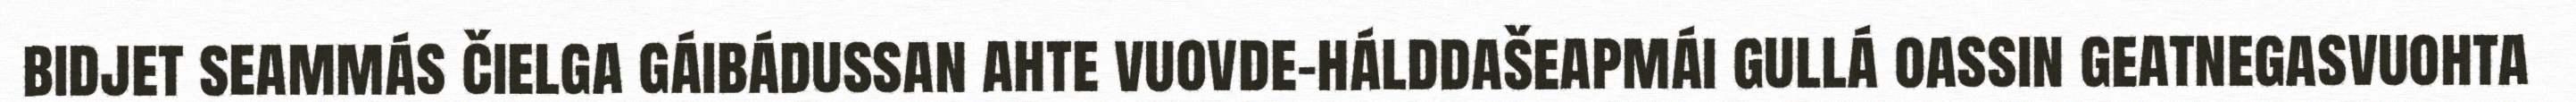
bidjet seammás čielga gáibádussan ahte vuovde-hálddašeapmái gullá oassin geatnegasvuohta